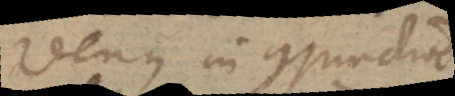
Venus in conjunctione